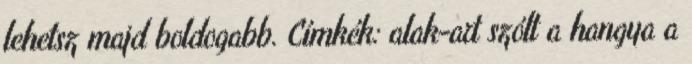
lehetsz majd boldogabb. Címkék: alak-art szólt a hangya a